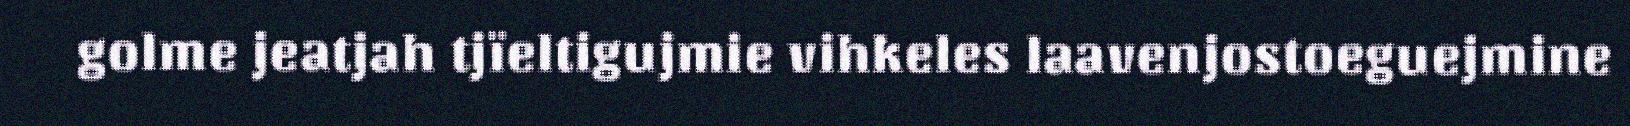
golme jeatjah tjïeltigujmie vihkeles laavenjostoeguejmine